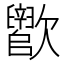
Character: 𬅵